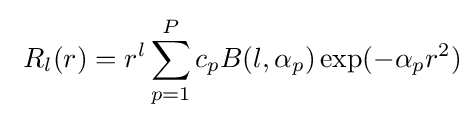
\ R_{l}(r)=r^{l}\sum _{p=1}^{P}c_{p}B(l,\alpha _{p})\exp(-\alpha _{p}r^{2})